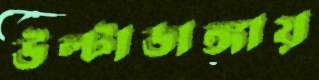
উল্টাডাঙ্গায়